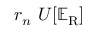
r _ { n } ~ U [ \mathbb { E } _ { \mathrm { { R } } } ]